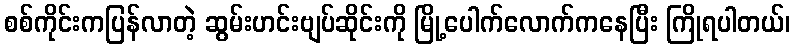
စစ်ကိုင်းကပြန်လာတဲ့ ဆွမ်းဟင်းဗျပ်ဆိုင်းကို မြို့ပေါက်လောက်ကနေပြီး ကြိုရပါတယ်၊